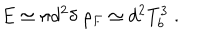
E \simeq \pi d ^ { 2 } \delta \; \rho _ { F } \simeq d ^ { 2 } T _ { b } ^ { 3 } \; .